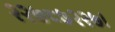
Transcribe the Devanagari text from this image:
२२७८७२२७।